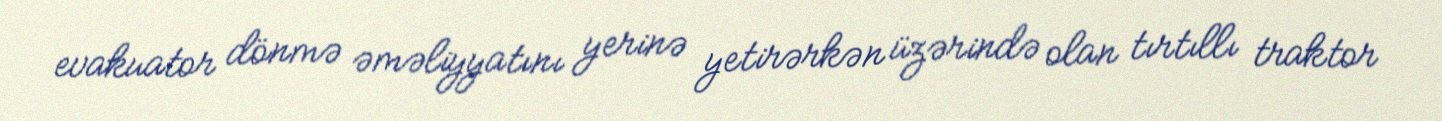
evakuator dönmə əməliyyatını yerinə yetirərkən üzərində olan tırtıllı traktor